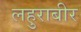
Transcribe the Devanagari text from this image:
लहुराबीर